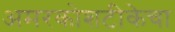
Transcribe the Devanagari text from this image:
अमरकोशटीकेचा